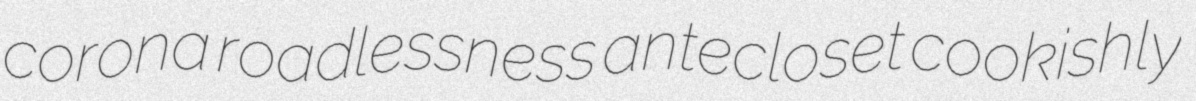
corona roadlessness antecloset cookishly